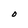
Character: O